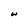
Character: w